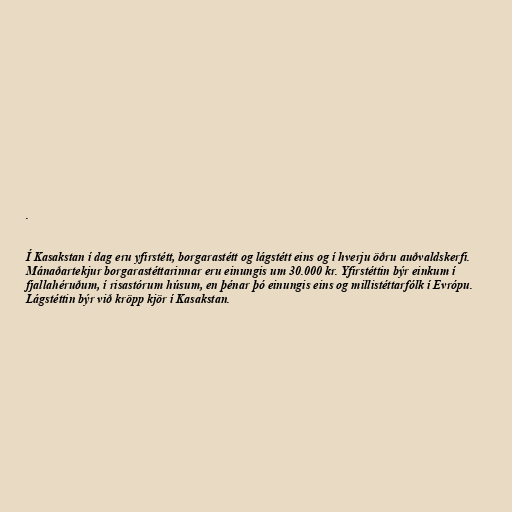
.

Í Kasakstan í dag eru yfirstétt, borgarastétt og lágstétt eins og í hverju öðru auðvaldskerfi.
Mánaðartekjur borgarastéttarinnar eru einungis um 30.000 kr. Yfirstéttin býr einkum í
fjallahéruðum, í risastórum húsum, en þénar þó einungis eins og millistéttarfólk í Evrópu.
Lágstéttin býr við kröpp kjör í Kasakstan.